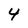
Character: 4